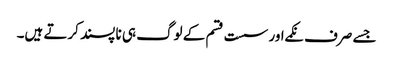
جسے صرف نکمے اور سست قسم کے لوگ ہی نا پسند کرتے ہیں۔